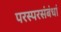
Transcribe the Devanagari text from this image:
परस्परसंबंधां